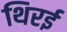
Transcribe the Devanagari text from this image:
थिरई